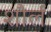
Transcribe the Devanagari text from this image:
शौर्ल